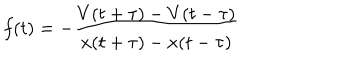
f ( t ) = - \frac { V ( t + \tau ) - V ( t - \tau ) } { x ( t + \tau ) - x ( t - \tau ) }